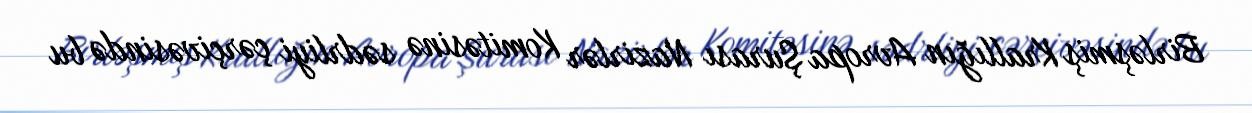
Birləşmiş Krallığın Avropa Şurası Nazirlər Komitəsinə sədrliyi çərçivəsində bu